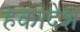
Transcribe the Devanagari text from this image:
हकोदेश